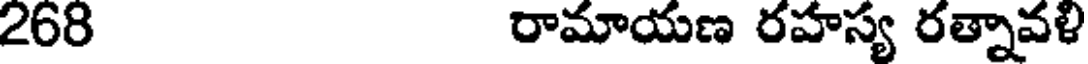
268 రామాయణ రహస్య రత్నావళి